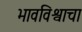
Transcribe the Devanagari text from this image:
भावविश्वाचा